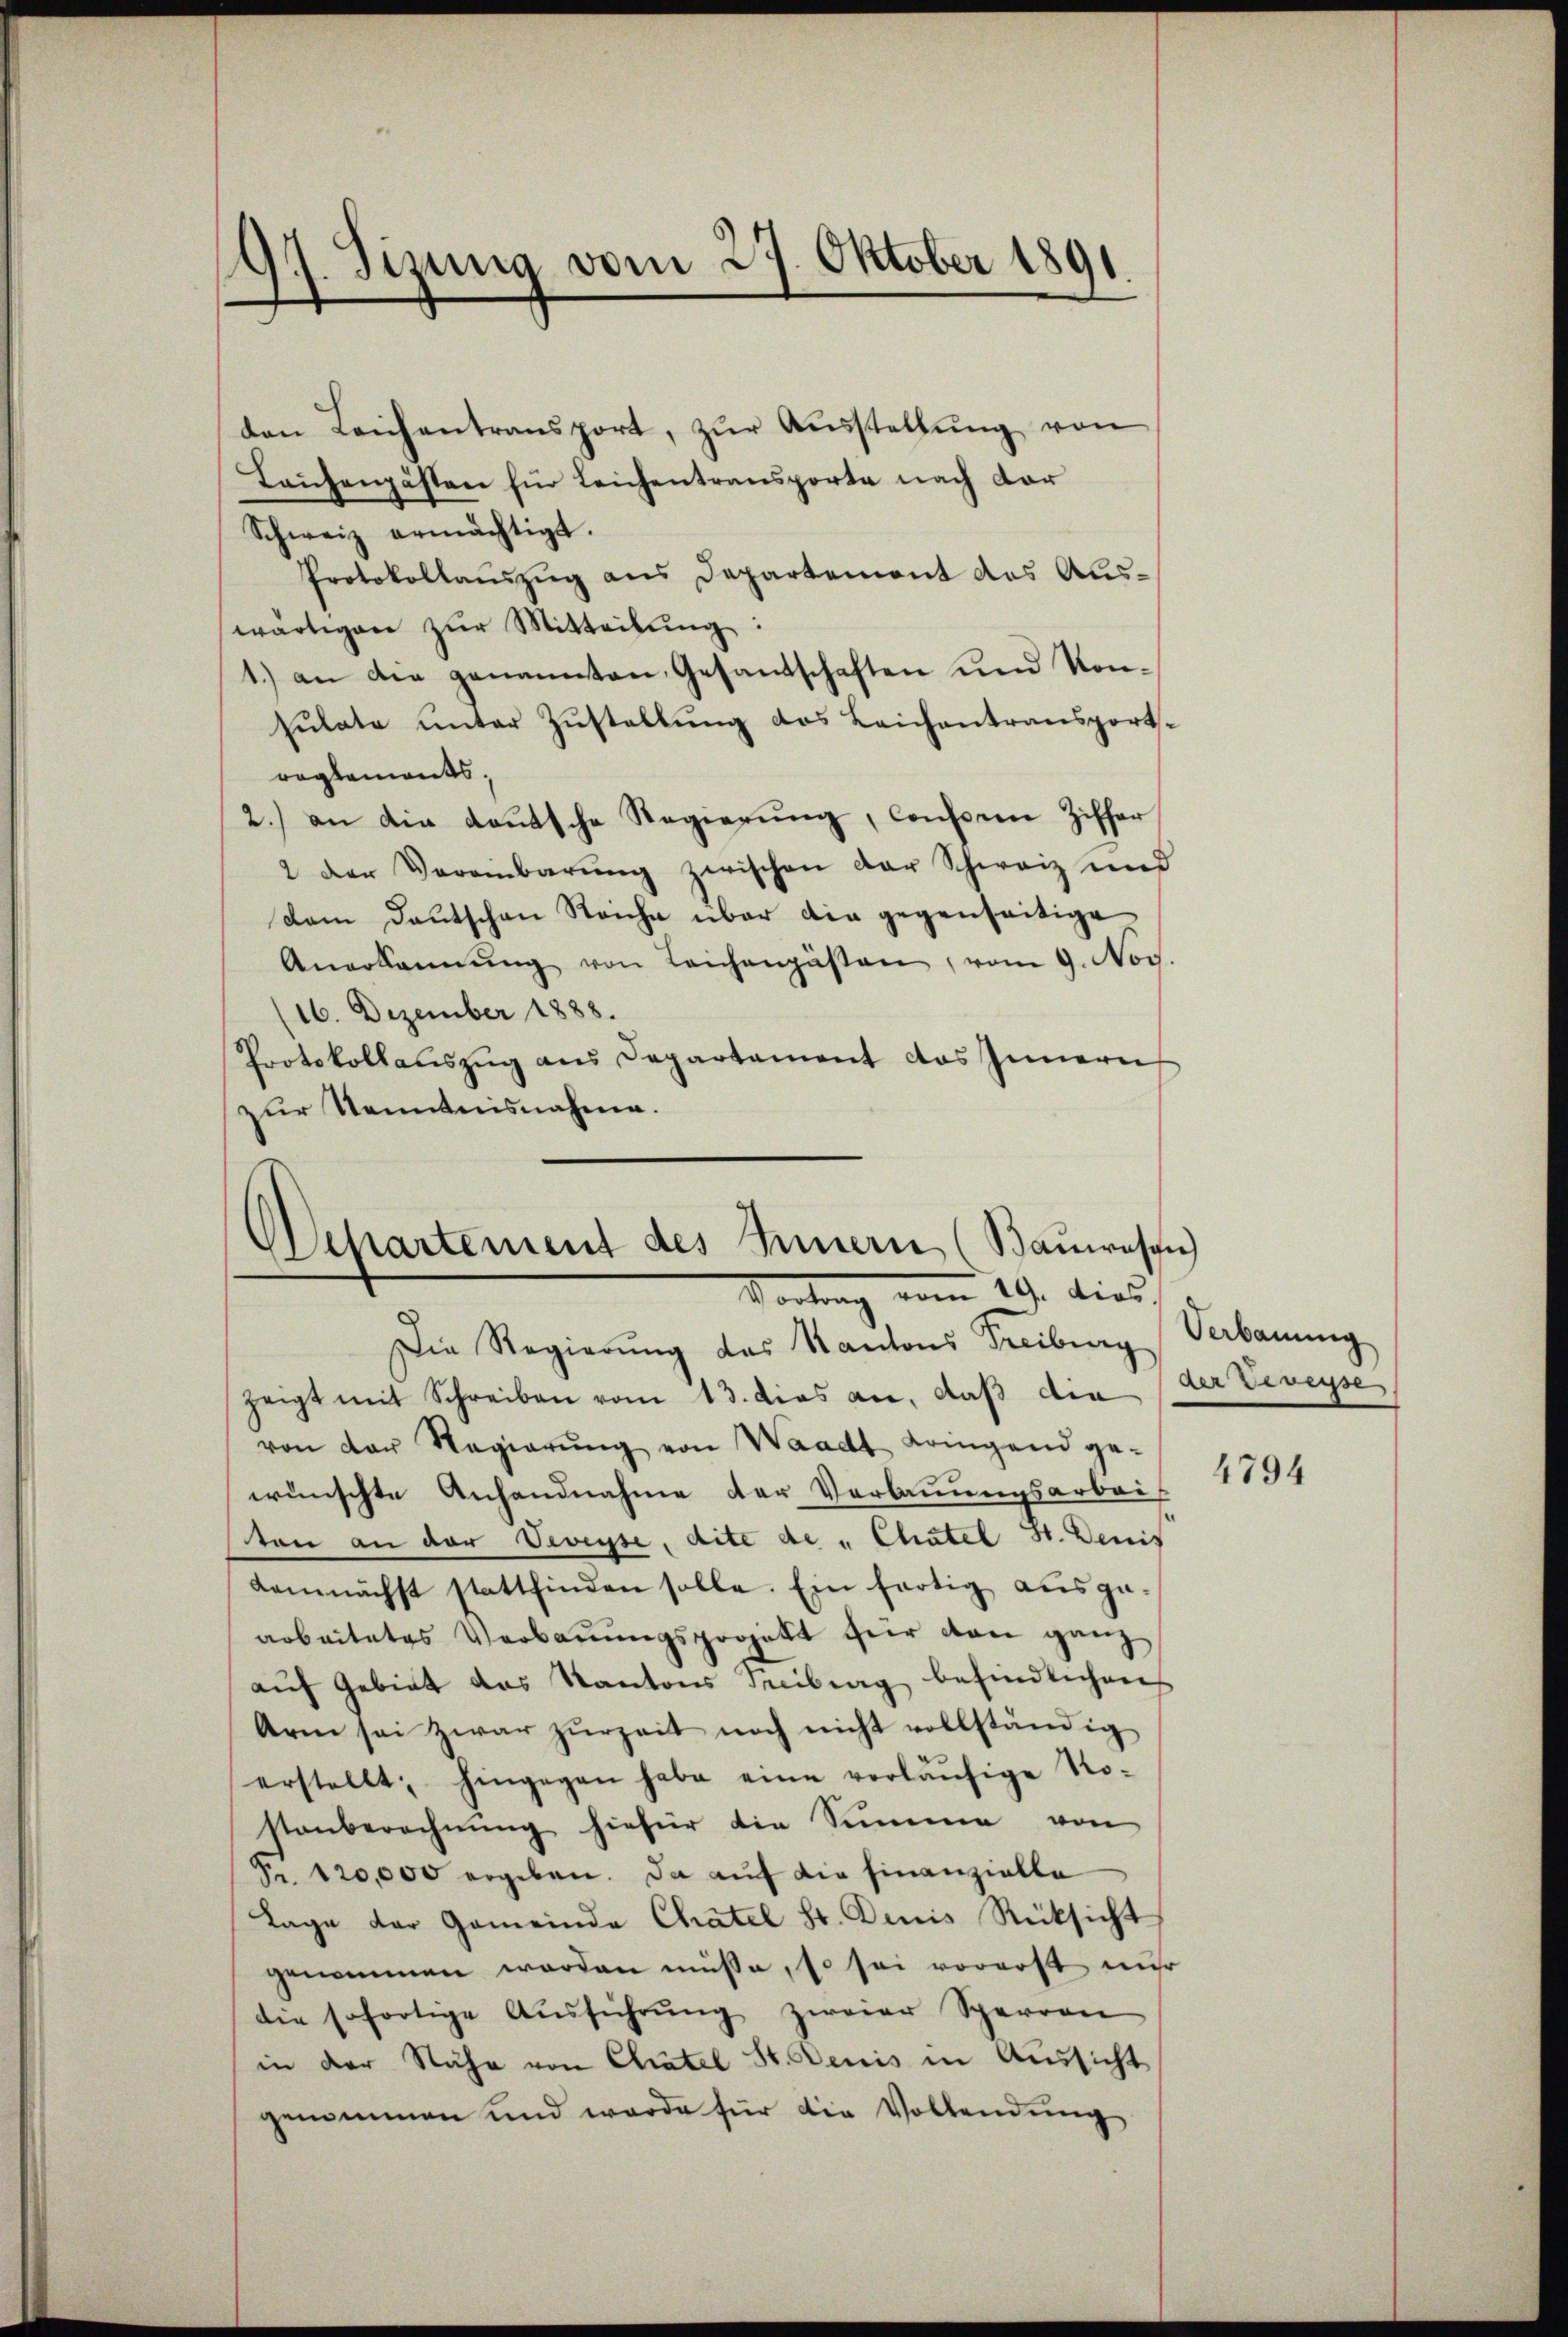
17. Sizung vom 27. Oktober 1891.

den Leich antransport, zŭr Aŭsstellŭng von
Teichengästen für Leichentransporte nach dar
Schweiz ermächtigt.
Protokollauszug aus Departement des Auswärtigen zŭr Mitteilŭng:
1.) an die genannten Gesandschaften und Konsulate unter Zustellung des Leichentransportse
reglements,
2.) an die deutsche Regierŭng, Consen Ziffer
2 der Vereinbarung zwischen der Schweiz und
dam Deutschen Reiche über die gegenseitige
Anerkannŭng von Leichengästen, vom 9. Noch.
(16. Dezember 1888.
Protokollauszug aus Departament das Innern
zur Kenntnisnahme.

Departement des Innern (Baŭwesen
Vortrag vom 19. dies

Die Regierŭng des Kantons Freiburg Verbauung
zeigt mit Schreiben vom 13. dies an, daß die (der Veveyse
von der Regierŭng von Waadt Langend ge-
wünschte Anhandnahme der Verbauungsarbei
ton an der Veveyse, dite de „Chatel St. Denis
demnächst stattfinden solle. Ein fertig ausgearbeitetes Verbaŭŭngsprojekt für von ganz
aŭf Gebiet das Kantons Treibung befindlichen
Arm sei zwar zurzeit noch nicht vollständig
erstellt, hingegen habe eine vorläŭfige Ro-
stanberechnŭng hiefür die Summe von
Nr. 120,000 ergeben. Da auf die Finanzielle
Lage der Gemeinde Chatel Sr. Denis Rücksicht
genommen worden müsse, so sei vorerst nur
die sofortige Aŭsführŭng zweier Sperren
in der Nähe von Chatel St. Denis in Aussicht
genommen und werde für die Vollendung

4794